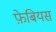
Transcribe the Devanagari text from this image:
फ़ेबियस